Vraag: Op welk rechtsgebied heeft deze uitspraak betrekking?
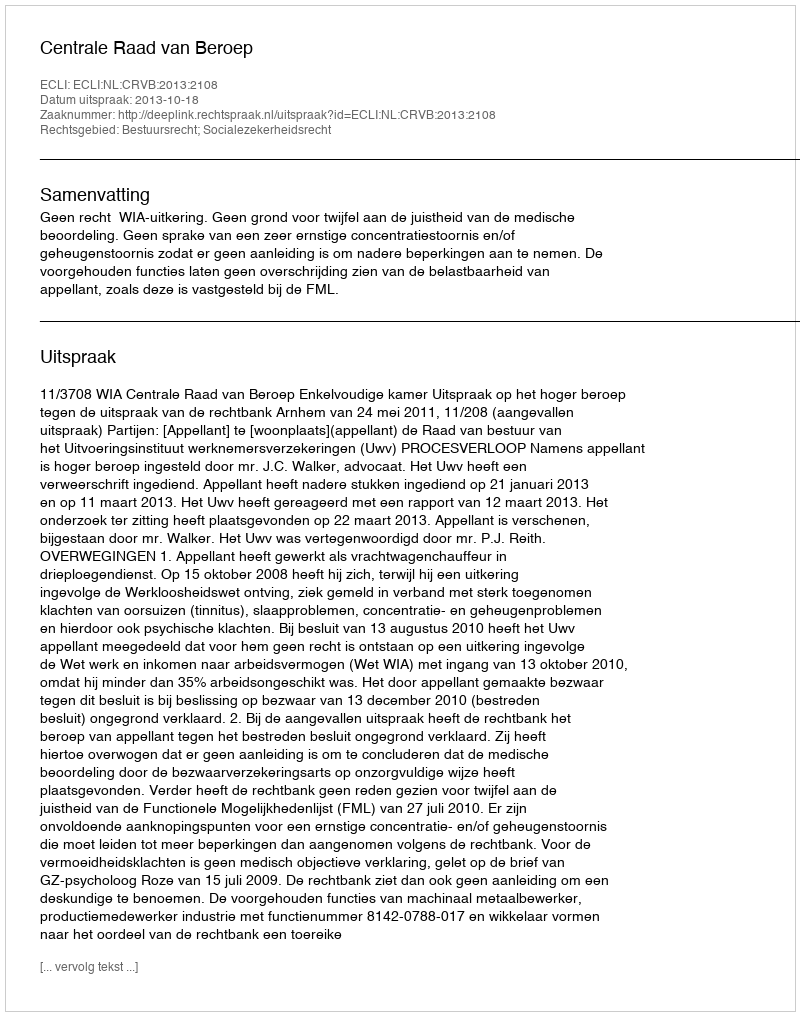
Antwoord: Bestuursrecht; Socialezekerheidsrecht